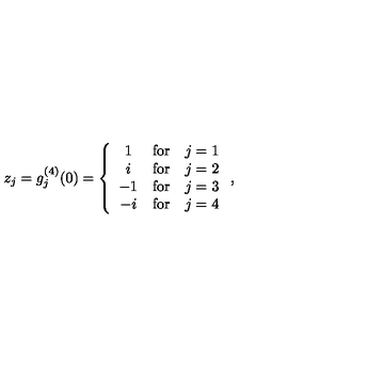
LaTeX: z _ { j } = g _ { j } ^ { ( 4 ) } ( 0 ) = \left\{ \begin{array} { c c c } { 1 } & { \mathrm { f o r } } & { j = 1 } \\ { i } & { \mathrm { f o r } } & { j = 2 } \\ { - 1 } & { \mathrm { f o r } } & { j = 3 } \\ { - i } & { \mathrm { f o r } } & { j = 4 } \\ \end{array} \right. ,